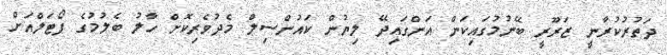
ދަތުރުކުރާނީ ޒަރޫރީ ބޭނުމުގައިކަން އަންގައިދޭ ލިޔުން ކައުންސިލް މެދުވެރިކޮށް ހާލު ބެލުމުގެ ޕޯޓަލްއަށް